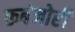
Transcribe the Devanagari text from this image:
रूबंजोरी